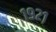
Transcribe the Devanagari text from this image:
१९२१़